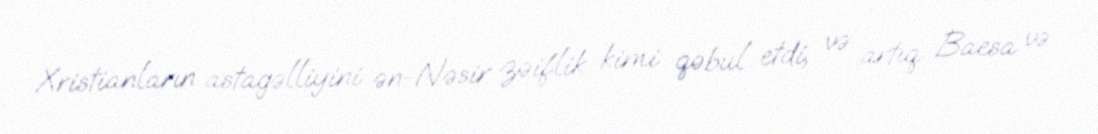
Xristianların astagəlliyini ən-Nəsir zəiflik kimi qəbul etdi, və artıq Baesa və